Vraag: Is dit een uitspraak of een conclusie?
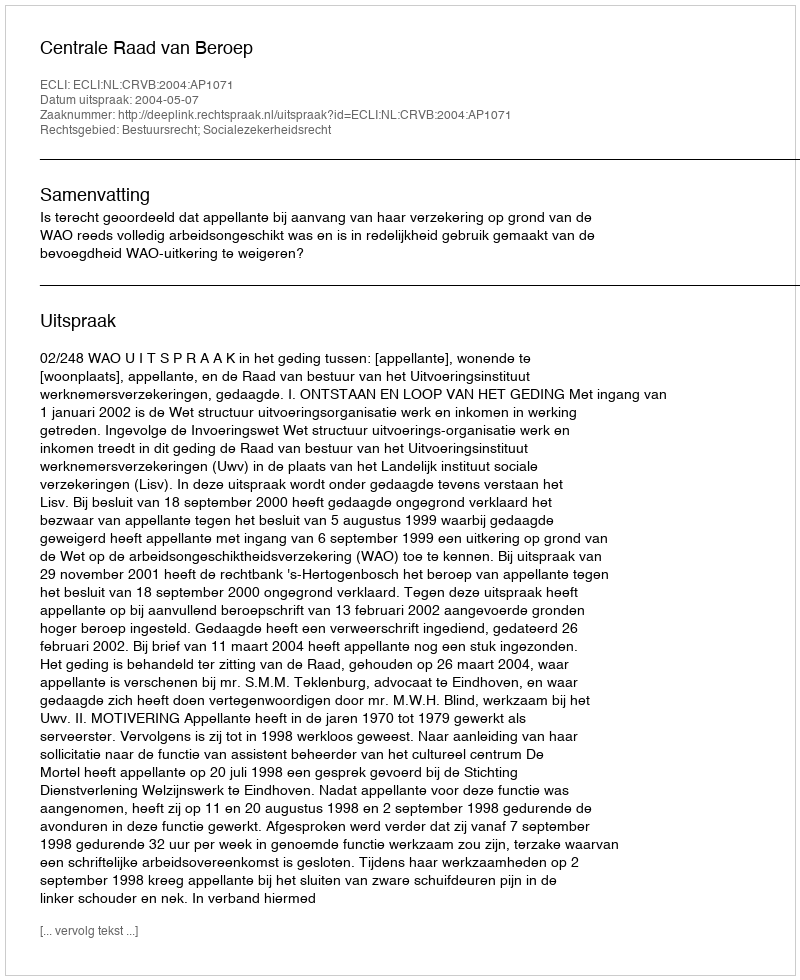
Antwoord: Uitspraak